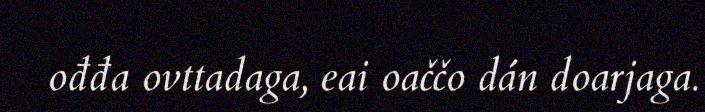
ođđa ovttadaga, eai oaččo dán doarjaga.